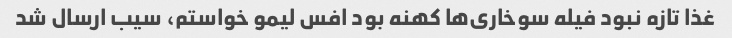
غذا تازه نبود فیله سوخاری‌ها کهنه بود افس لیمو خواستم، سیب ارسال شد